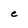
Character: c